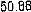
50.88